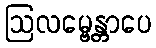
ဩလမ္ဗေန္တာပေ